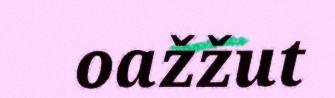
oažžut